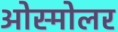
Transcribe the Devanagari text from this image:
ओस्मोलर